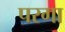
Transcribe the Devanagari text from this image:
परगा